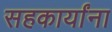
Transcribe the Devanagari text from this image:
सहकार्यांना